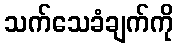
သက်သေခံချက်ကို